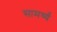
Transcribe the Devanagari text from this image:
सामर्थ्यं